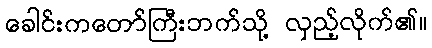
ခေါင်းကတော်ကြီးဘက်သို့ လှည့်လိုက်၏။